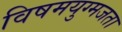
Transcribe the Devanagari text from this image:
विषमयुग्मजता